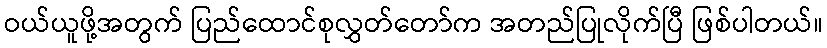
ဝယ်ယူဖို့အတွက် ပြည်ထောင်စုလွှတ်တော်က အတည်ပြုလိုက်ပြီ ဖြစ်ပါတယ်။